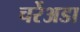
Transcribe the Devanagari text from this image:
चर्रेअडा